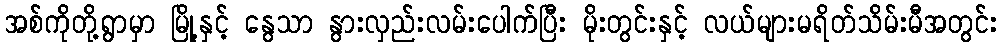
အစ်ကိုတို့ရွာမှာ မြို့နှင့် နွေသာ နွားလှည်းလမ်းပေါက်ပြီး မိုးတွင်းနှင့် လယ်များမရိတ်သိမ်းမီအတွင်း